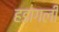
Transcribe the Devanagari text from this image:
हडागली